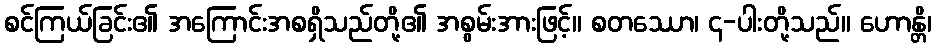
စင်ကြယ်ခြင်း၏ အကြောင်းအစရှိသည်တို့၏ အစွမ်းအားဖြင့်။ စတဿော၊ ၄-ပါးတို့သည်။ ဟောန္တိ၊